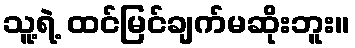
သူ့ရဲ့ ထင်မြင်ချက်မဆိုးဘူး။